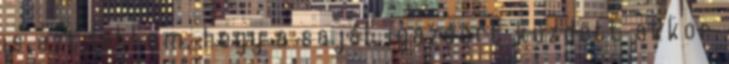
is azt láttam, hogy a saját igazáért küzdött akkor